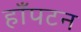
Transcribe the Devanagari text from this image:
हाँपटन